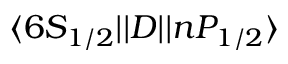
\ensuremath { \langle 6 S _ { 1 / 2 } | | } D \ensuremath { | | n P _ { 1 / 2 } \rangle }